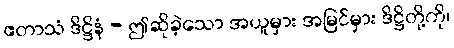
ဧတာသံ ဒိဋ္ဌိနံ - ဤဆိုခဲ့သော အယူမှား အမြင်မှား ဒိဋ္ဌိတို့ကို၊